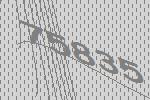
75835